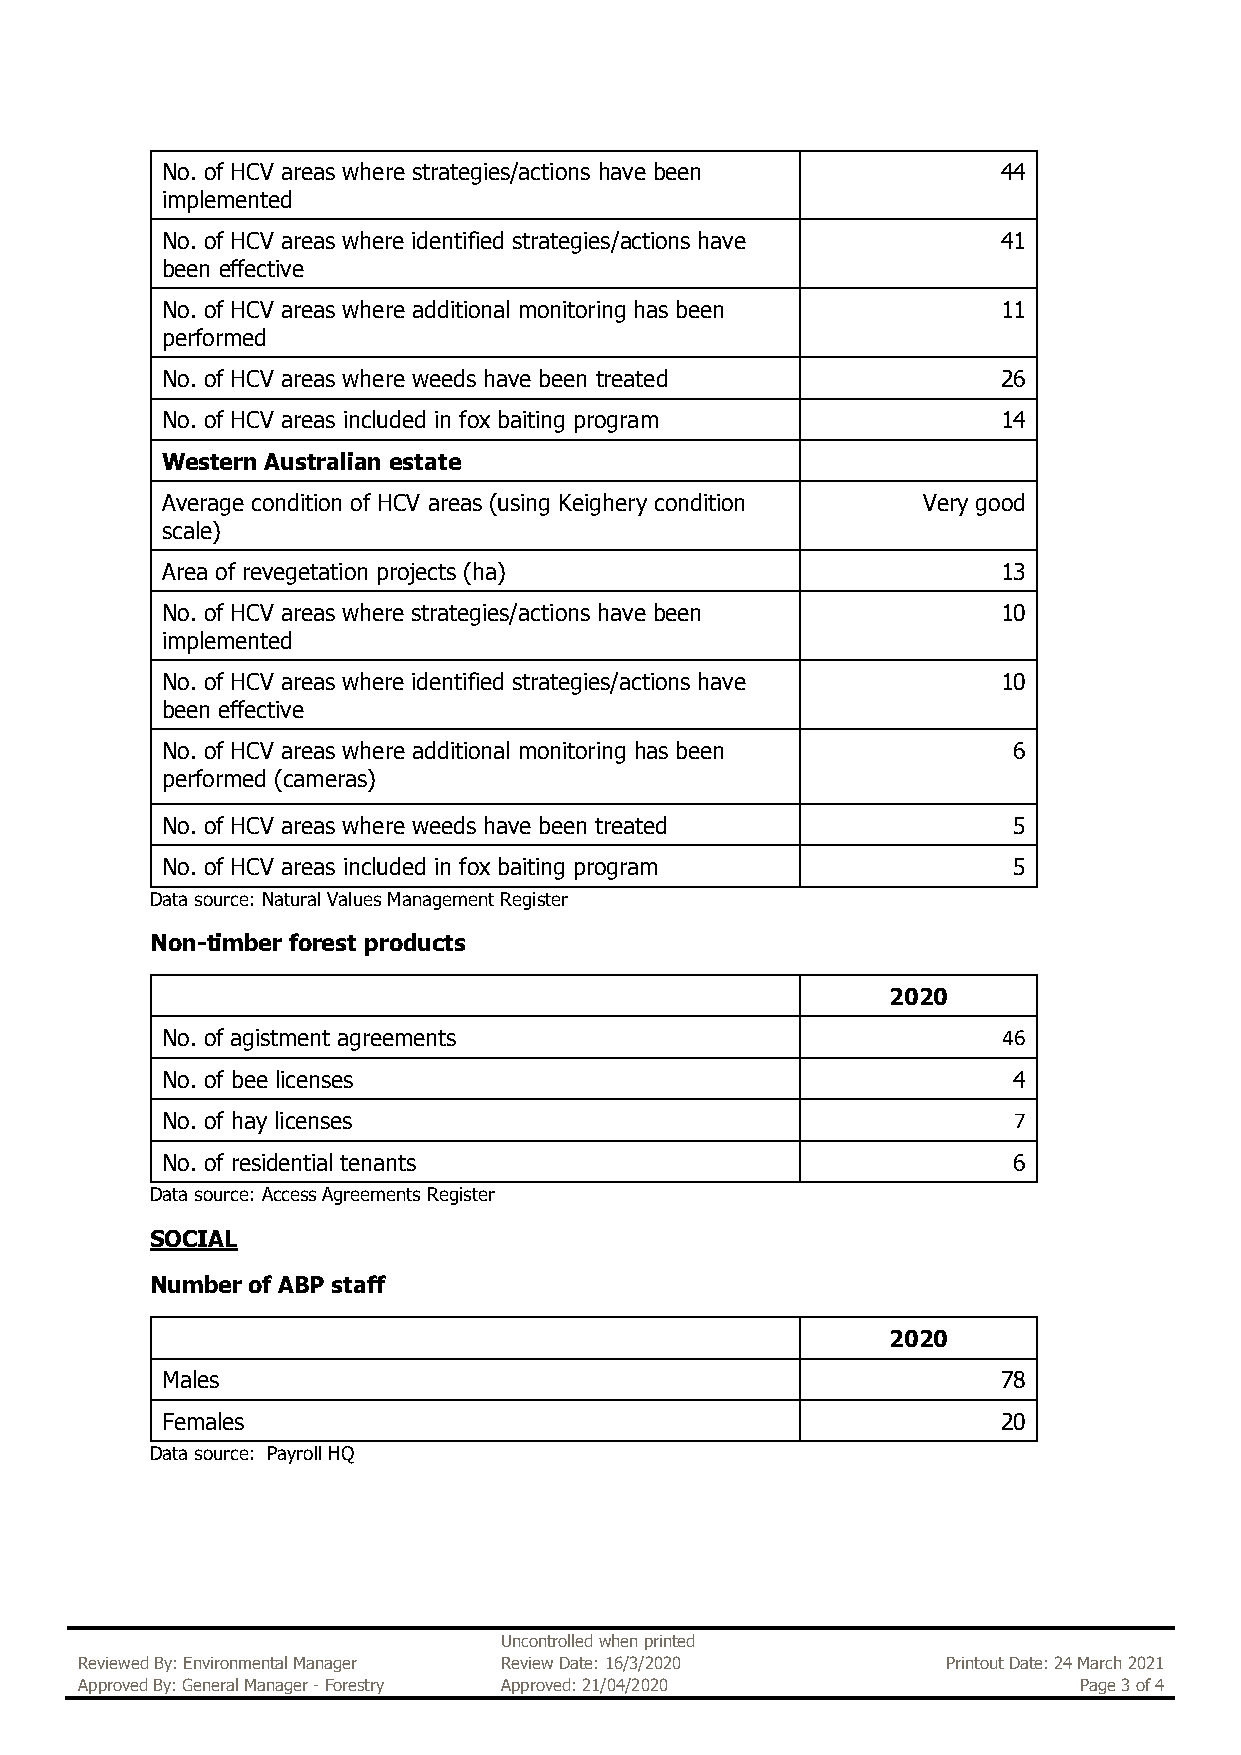
No. of HCV areas where strategies/actions have been    44
 implemented
 No. of HCV areas where identified strategies/actions have 41
 been effective
 No. of HCV areas where additional monitoring has been  11
 performed
 No. of HCV areas where weeds have been treated         26
 No. of HCV areas included in fox baiting program       14
 Western Australian estate
 Average condition of HCV areas (using Keighery condition Very good
 scale)
 Area of revegetation projects (ha)                     13
 No. of HCV areas where strategies/actions have been    10
 implemented
 No. of HCV areas where identified strategies/actions have 10
 been effective
 No. of HCV areas where additional monitoring has been   6
 performed (cameras)
 No. of HCV areas where weeds have been treated          5
 No. of HCV areas included in fox baiting program        5
 Data source: Natural Values Management Register
 Non-timber forest products
 2020
 No. of agistment agreements                            46
 No. of bee licenses                                     4
 No. of hay licenses                                     7
 No. of residential tenants                              6
 Data source: Access Agreements Register
 SOCIAL
 Number of ABP staff
 2020
 Males                                                  78
 Females                                                20
 Data source: Payroll HQ
 Uncontrolled when printed
 Reviewed By: Environmental Manager Review Date: 16/3/2020 Printout Date: 24 March 2021
 Approved By: General Manager - Forestry Approved: 21/04/2020      Page 3 of 4